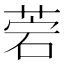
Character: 菪